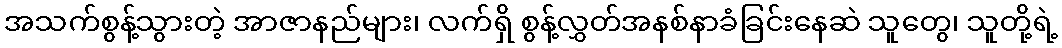
အသက်စွန့်သွားတဲ့ အာဇာနည်များ၊ လက်ရှိ စွန့်လွှတ်အနစ်နာခံခြင်းနေဆဲ သူတွေ၊ သူတို့ရဲ့